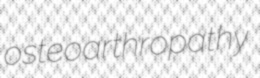
osteoarthropathy